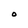
Character: O